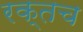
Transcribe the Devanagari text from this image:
रक्तच